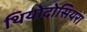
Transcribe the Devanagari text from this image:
थियोदोसियरा